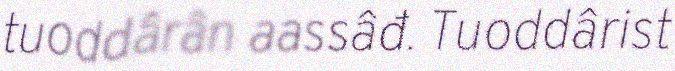
tuoddârân aassâđ. Tuoddârist